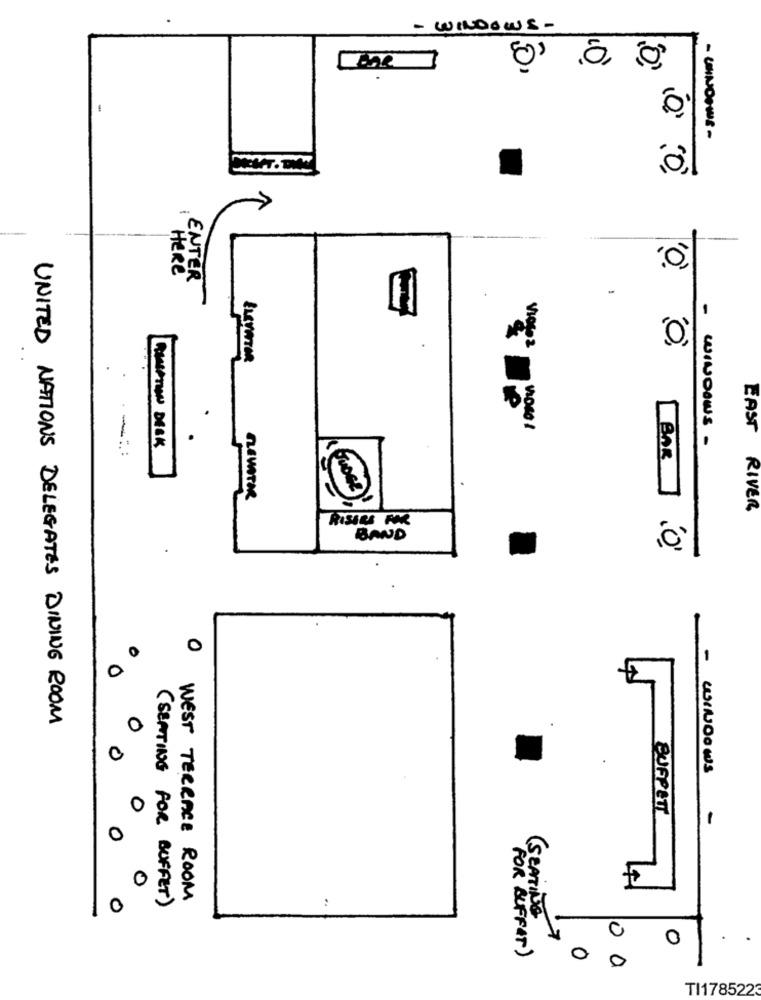
- WINDOWS -
-
HERE
ENTER
Vioso 2
EAST
CAPTION DESK
- WINDOWS -
-" :
BAR
RIVER
RISILS FOR
BAND
-
O
-
UNITED NATIONS DELEGATES DINING ROOM
0
0
BUFFETT
-
0
WEST TERRACE ROOM
0
(SEPTING FOR BUFFET)
SEATING
0
O
FOR BUFFET)
0
0
TI178522